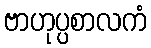
ဗာဟုပ္ပစာလကံ